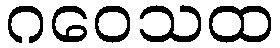
ဂဝေသထ